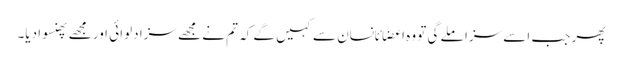
پھر جب اسے سزا ملے گی تو وہ اعضائانسان سے کہیں گے کہ تم نے مجھے سزا دلوائی اور مجھے پھنسوا دیا۔